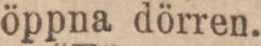
öppna dörren.